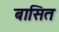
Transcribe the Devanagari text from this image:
बासित